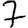
Digit: 7